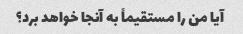
آیا من را مستقیماً به آنجا خواهد برد؟